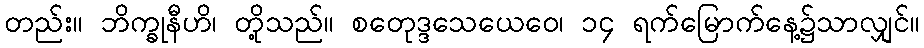
တည်း။ ဘိက္ခုနီဟိ၊ တို့သည်။ စတေုဒ္ဒသေယေဝေ၊ ၁၄ ရက်မြောက်နေ့၌သာလျှင်။